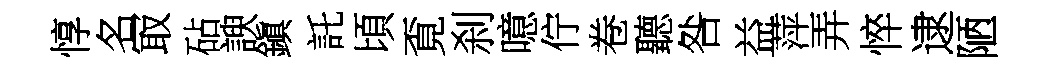
惇名冣砧諛鎭託頃覔刹噫佇卷聽咎益萍弄悴逮陋